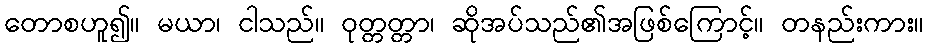
တောစဟူ၍။ မယာ၊ ငါသည်။ ဝုတ္တတ္တာ၊ ဆိုအပ်သည်၏အဖြစ်ကြောင့်။ တနည်းကား။